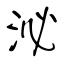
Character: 泌